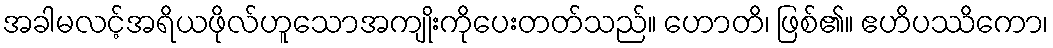
အခါမလင့်အရိယဖိုလ်ဟူသောအကျိုးကိုပေးတတ်သည်။ ဟောတိ၊ ဖြစ်၏။ ဧဟိပဿိကော၊